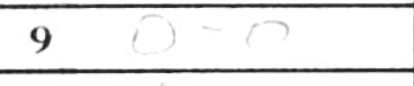
Transcription: O-O